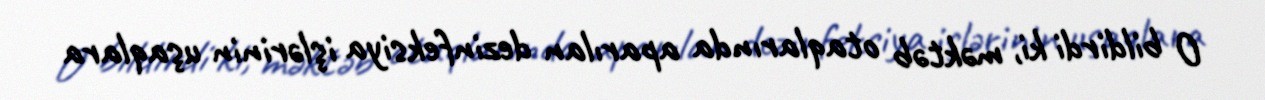
O bildirdi ki, məktəb otaqlarında aparılan dezinfeksiya işlərinin uşaqlara